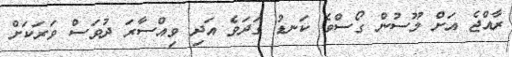
ރާއްޖެ އަށް މޫސުން ގޯސްވެ ކަނޑު ގަދަވެ އަދި ވިއްސާރަ ދުވަސް ވަރަކަށް